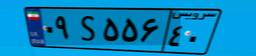
۰۹S۵۵۶۴۰